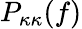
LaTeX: P_{\kappa\kappa}(f)